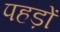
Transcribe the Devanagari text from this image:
पहड़ों